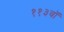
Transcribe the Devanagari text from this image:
११३वॉ